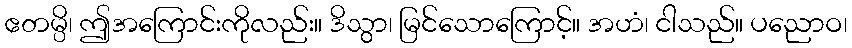
ဧတမ္ပိ၊ ဤအကြောင်းကိုလည်း။ ဒိသွာ၊ မြင်သောကြောင့်။ အဟံ၊ ငါသည်။ ပညောဝ၊